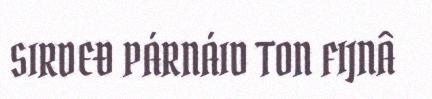
SIRDEĐ PÁRNÁID TON FIJNÂ